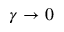
\gamma \to 0